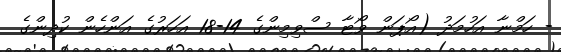
- ހަމްނާ އަހުމަދު (އޯޕަން ވޯޓާ ސްވިމިންގެ 14-18 އަހަރުގެ އަންހެން ކުދިންގެ